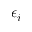
\epsilon _ { i }